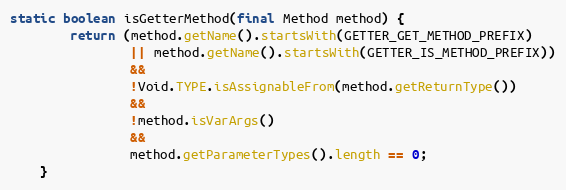
Language: Java
static boolean isGetterMethod(final Method method) {
        return (method.getName().startsWith(GETTER_GET_METHOD_PREFIX)
                || method.getName().startsWith(GETTER_IS_METHOD_PREFIX))
                &&
                !Void.TYPE.isAssignableFrom(method.getReturnType())
                &&
                !method.isVarArgs()
                &&
                method.getParameterTypes().length == 0;
    }